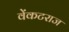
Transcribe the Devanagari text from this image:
वेंकटराज